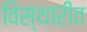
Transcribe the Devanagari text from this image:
विस्थारीत